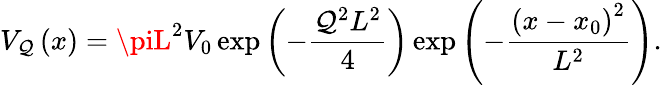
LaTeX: V_{\mathcal{Q}}\left(x\right)=\piL^{2}V_{0}\exp\left(-\frac{{\mathcal{Q}^{2}L^{2}}}{4}\right)\exp\left(-\frac{{\left(x-x_{0}\right)^{2}}}{{L^{2}}}\right).